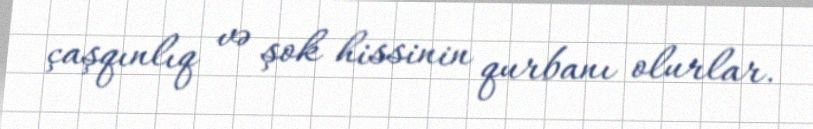
çaşqınlıq və şok hissinin qurbanı olurlar.